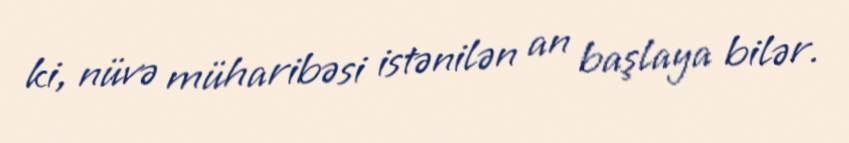
ki, nüvə müharibəsi istənilən an başlaya bilər.